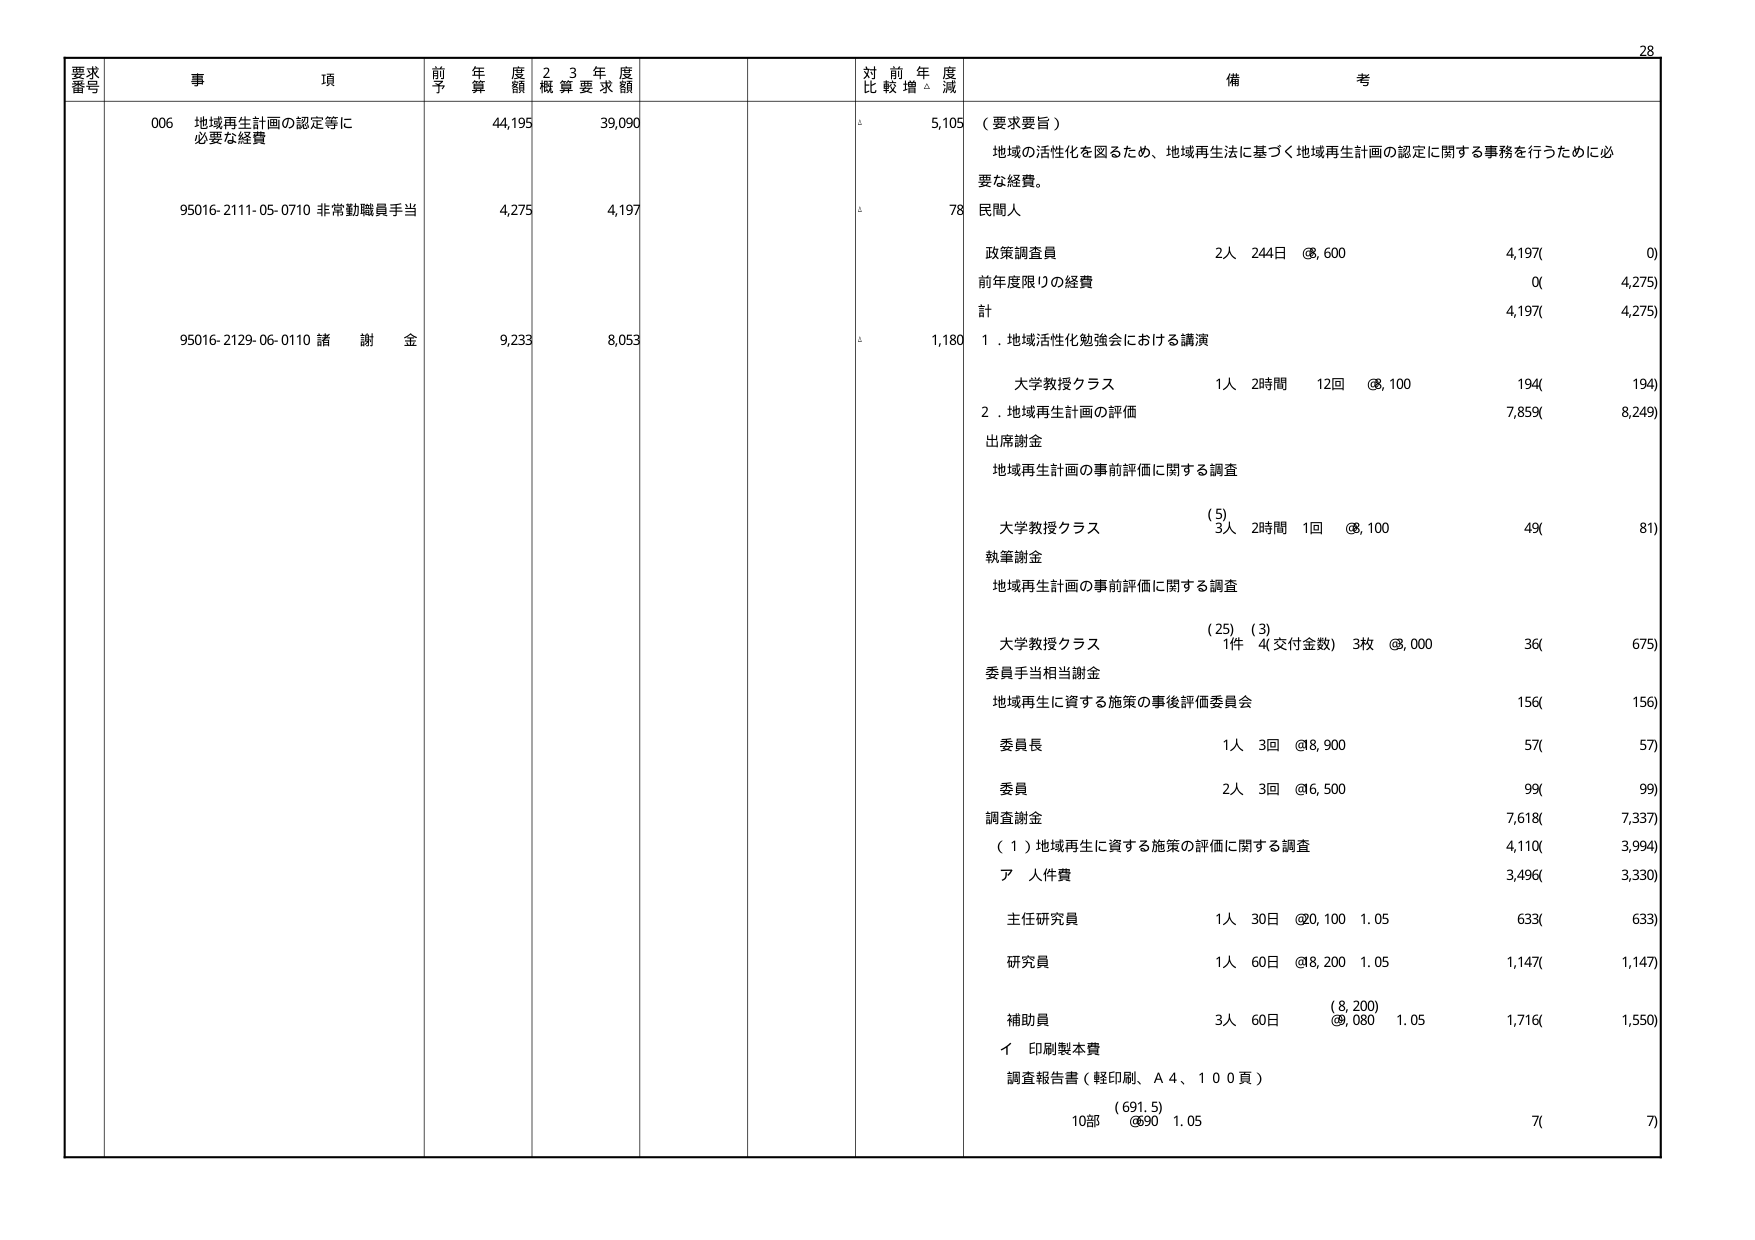
要求番号 事項 前年度予算額 23年度概算要求額 対前年度比較増減 備考
006 地域再生計画の認定等に必要な経費 44,195 39,090 5,105 （要求要旨） 地域の活性化を図るため、地域再生法に基づく地域再生計画の認定に関する事務を行うために必要な経費。
95016-2111-05-0710 非常勤職員手当 4,275 4,197 78 民間人 政策調査員 2人 244日 @8,600 4,197(0) 前年度限りの経費 0(4,275) 計 4,197(4,275)
95016-2129-06-0110 諸謝金 9,233 8,053 1,180 1．地域活性化勉強会における講演 大学教授クラス 1人 2時間 12回 @8,100 194(194) 2．地域再生計画の評価 出席謝金 7,859(8,249) 地域再生計画の事前評価に関する調査 大学教授クラス (5) 3人 2時間 1回 @8,100 49(81) 執筆謝金 地域再生計画の事前評価に関する調査 大学教授クラス (25) (3) 1件 4(交付金数) 3枚 @8,000 36(675) 委員手当相当謝金 地域再生に資する施策の事後評価委員会 156(156) 委員長 1人 3回 @8,900 57(57) 委員 2人 3回 @6,500 99(99) 調査謝金 7,618(7,337) （1）地域再生に資する施策の評価に関する調査 4,110(3,994) ア 人件費 3,496(3,330) 主任研究員 1人 30日 @20,100 1.05 633(633) 研究員 1人 60日 @8,200 1.05 1,147(1,147) 補助員 3人 60日 (8,200) @9,080 1.05 1,716(1,550) イ 印刷製本費 調査報告書（軽印刷、A4、100頁） (691.5) 10部 @90 1.05 7(7)